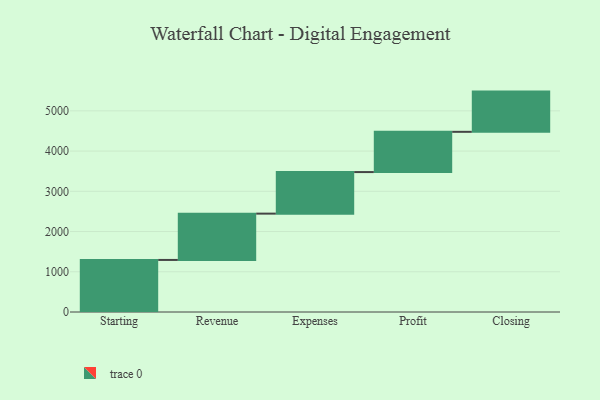
{"axis": {"x": "Step", "y": "Value"}, "legend": [""], "data": [{"x": "Starting", "y": 1294.0, "type": ""}, {"x": "Revenue", "y": 1151.0, "type": ""}, {"x": "Expenses", "y": 1033.0, "type": ""}, {"x": "Profit", "y": 1000, "type": ""}, {"x": "Closing", "y": 1000, "type": ""}]}